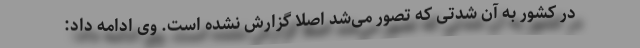
در کشور به آن شدتی که تصور می‌شد اصلا گزارش نشده است. وی ادامه داد: